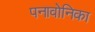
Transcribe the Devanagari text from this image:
पनावोनिका